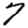
Digit: 7